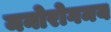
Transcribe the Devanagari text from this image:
मनोरोगमय